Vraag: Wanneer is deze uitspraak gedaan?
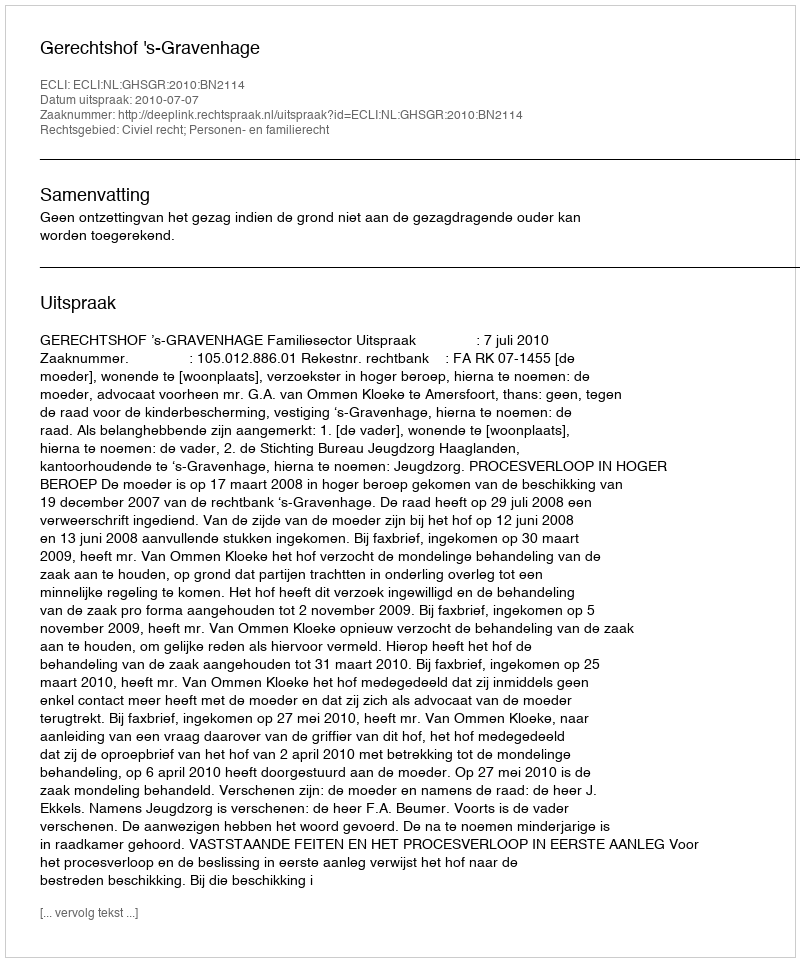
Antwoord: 2010-07-07